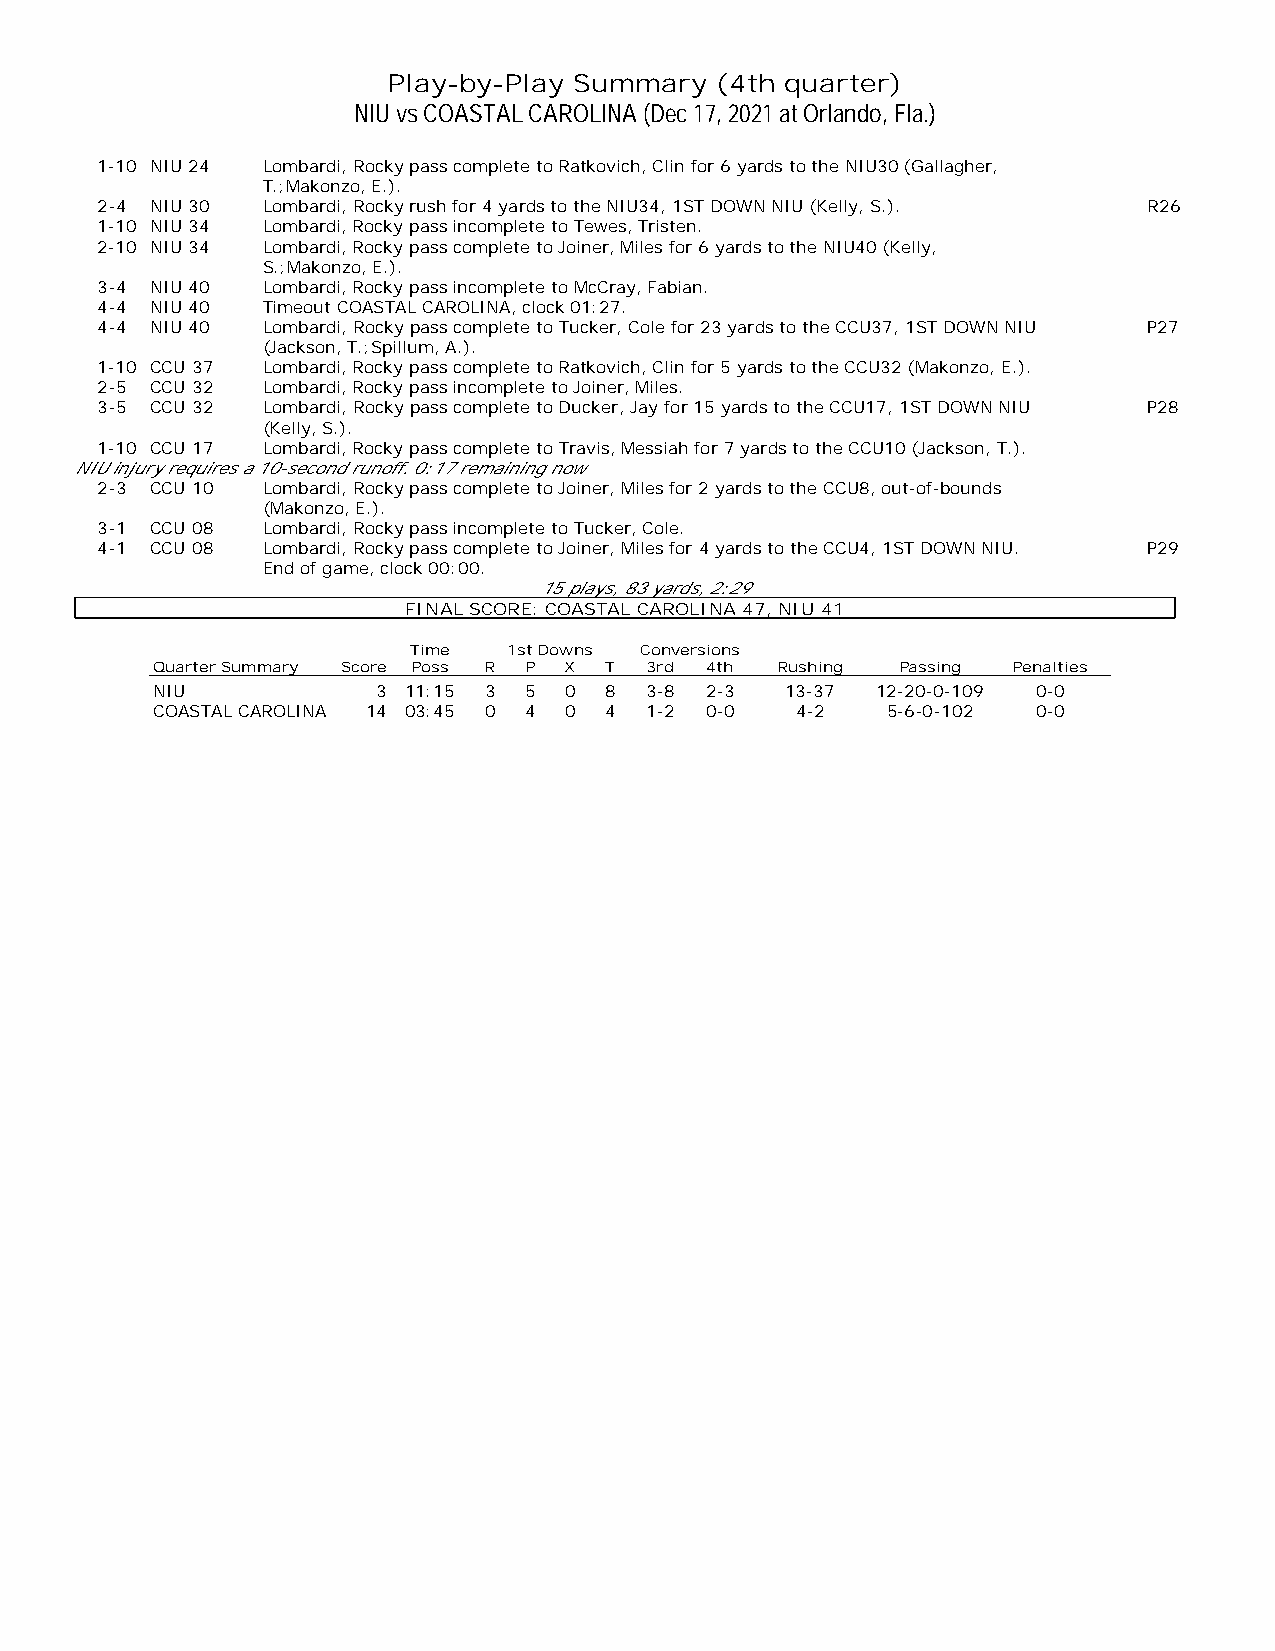
Play-by-Play Summary (4th quarter)
 NIU vs COASTAL CAROLINA (Dec 17, 2021 at Orlando, Fla.)
 1-10 NIU 24 Lombardi, Rocky pass complete to Ratkovich, Clin for 6 yards to the NIU30 (Gallagher,
 T.;Makonzo, E.).
 2-4 NIU 30 Lombardi, Rocky rush for 4 yards to the NIU34, 1ST DOWN NIU (Kelly, S.). R26
 1-10 NIU 34 Lombardi, Rocky pass incomplete to Tewes, Tristen.
 2-10 NIU 34 Lombardi, Rocky pass complete to Joiner, Miles for 6 yards to the NIU40 (Kelly,
 S.;Makonzo, E.).
 3-4 NIU 40 Lombardi, Rocky pass incomplete to McCray, Fabian.
 4-4 NIU 40 Timeout COASTAL CAROLINA, clock 01:27.
 4-4 NIU 40 Lombardi, Rocky pass complete to Tucker, Cole for 23 yards to the CCU37, 1ST DOWN NIU P27
 (Jackson, T.;Spillum, A.).
 1-10 CCU 37 Lombardi, Rocky pass complete to Ratkovich, Clin for 5 yards to the CCU32 (Makonzo, E.).
 2-5 CCU 32 Lombardi, Rocky pass incomplete to Joiner, Miles.
 3-5 CCU 32 Lombardi, Rocky pass complete to Ducker, Jay for 15 yards to the CCU17, 1ST DOWN NIU P28
 (Kelly, S.).
 1-10 CCU 17 Lombardi, Rocky pass complete to Travis, Messiah for 7 yards to the CCU10 (Jackson, T.).
 NIU injury requires a 10-second runoff. 0:17 remaining now
 2-3 CCU 10 Lombardi, Rocky pass complete to Joiner, Miles for 2 yards to the CCU8, out-of-bounds
 (Makonzo, E.).
 3-1 CCU 08 Lombardi, Rocky pass incomplete to Tucker, Cole.
 4-1 CCU 08 Lombardi, Rocky pass complete to Joiner, Miles for 4 yards to the CCU4, 1ST DOWN NIU. P29
 End of game, clock 00:00.
 15 plays, 83 yards, 2:29
 FINAL SCORE: COASTAL CAROLINA 47, NIU 41
 Time   1st Downs Conversions
 Quarter Summary Score Poss R P X T 3rd 4th Rushing Passing Penalties
 NIU            3 11:15 3 5 0  8  3-8 2-3  13-37 12-20-0-109 0-0
 COASTAL CAROLINA 14 03:45 0 4 0 4 1-2 0-0  4-2   5-6-0-102 0-0